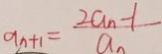
a _ { n + 1 } = \frac { 2 a _ { n } - 1 } { a _ { n } }